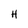
Character: H